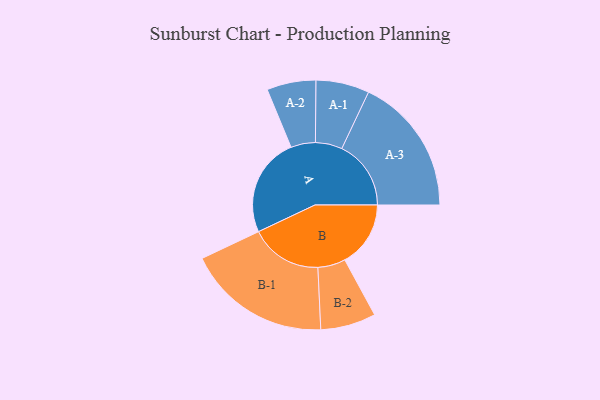
{"axis": {"x": "Segment", "y": "Value"}, "legend": ["", "A", "B"], "data": [{"x": "A", "y": 409, "type": ""}, {"x": "B", "y": 271, "type": ""}, {"x": "A-1", "y": 110, "type": "A"}, {"x": "A-2", "y": 101, "type": "A"}, {"x": "A-3", "y": 285, "type": "A"}, {"x": "B-1", "y": 297, "type": "B"}, {"x": "B-2", "y": 114, "type": "B"}]}